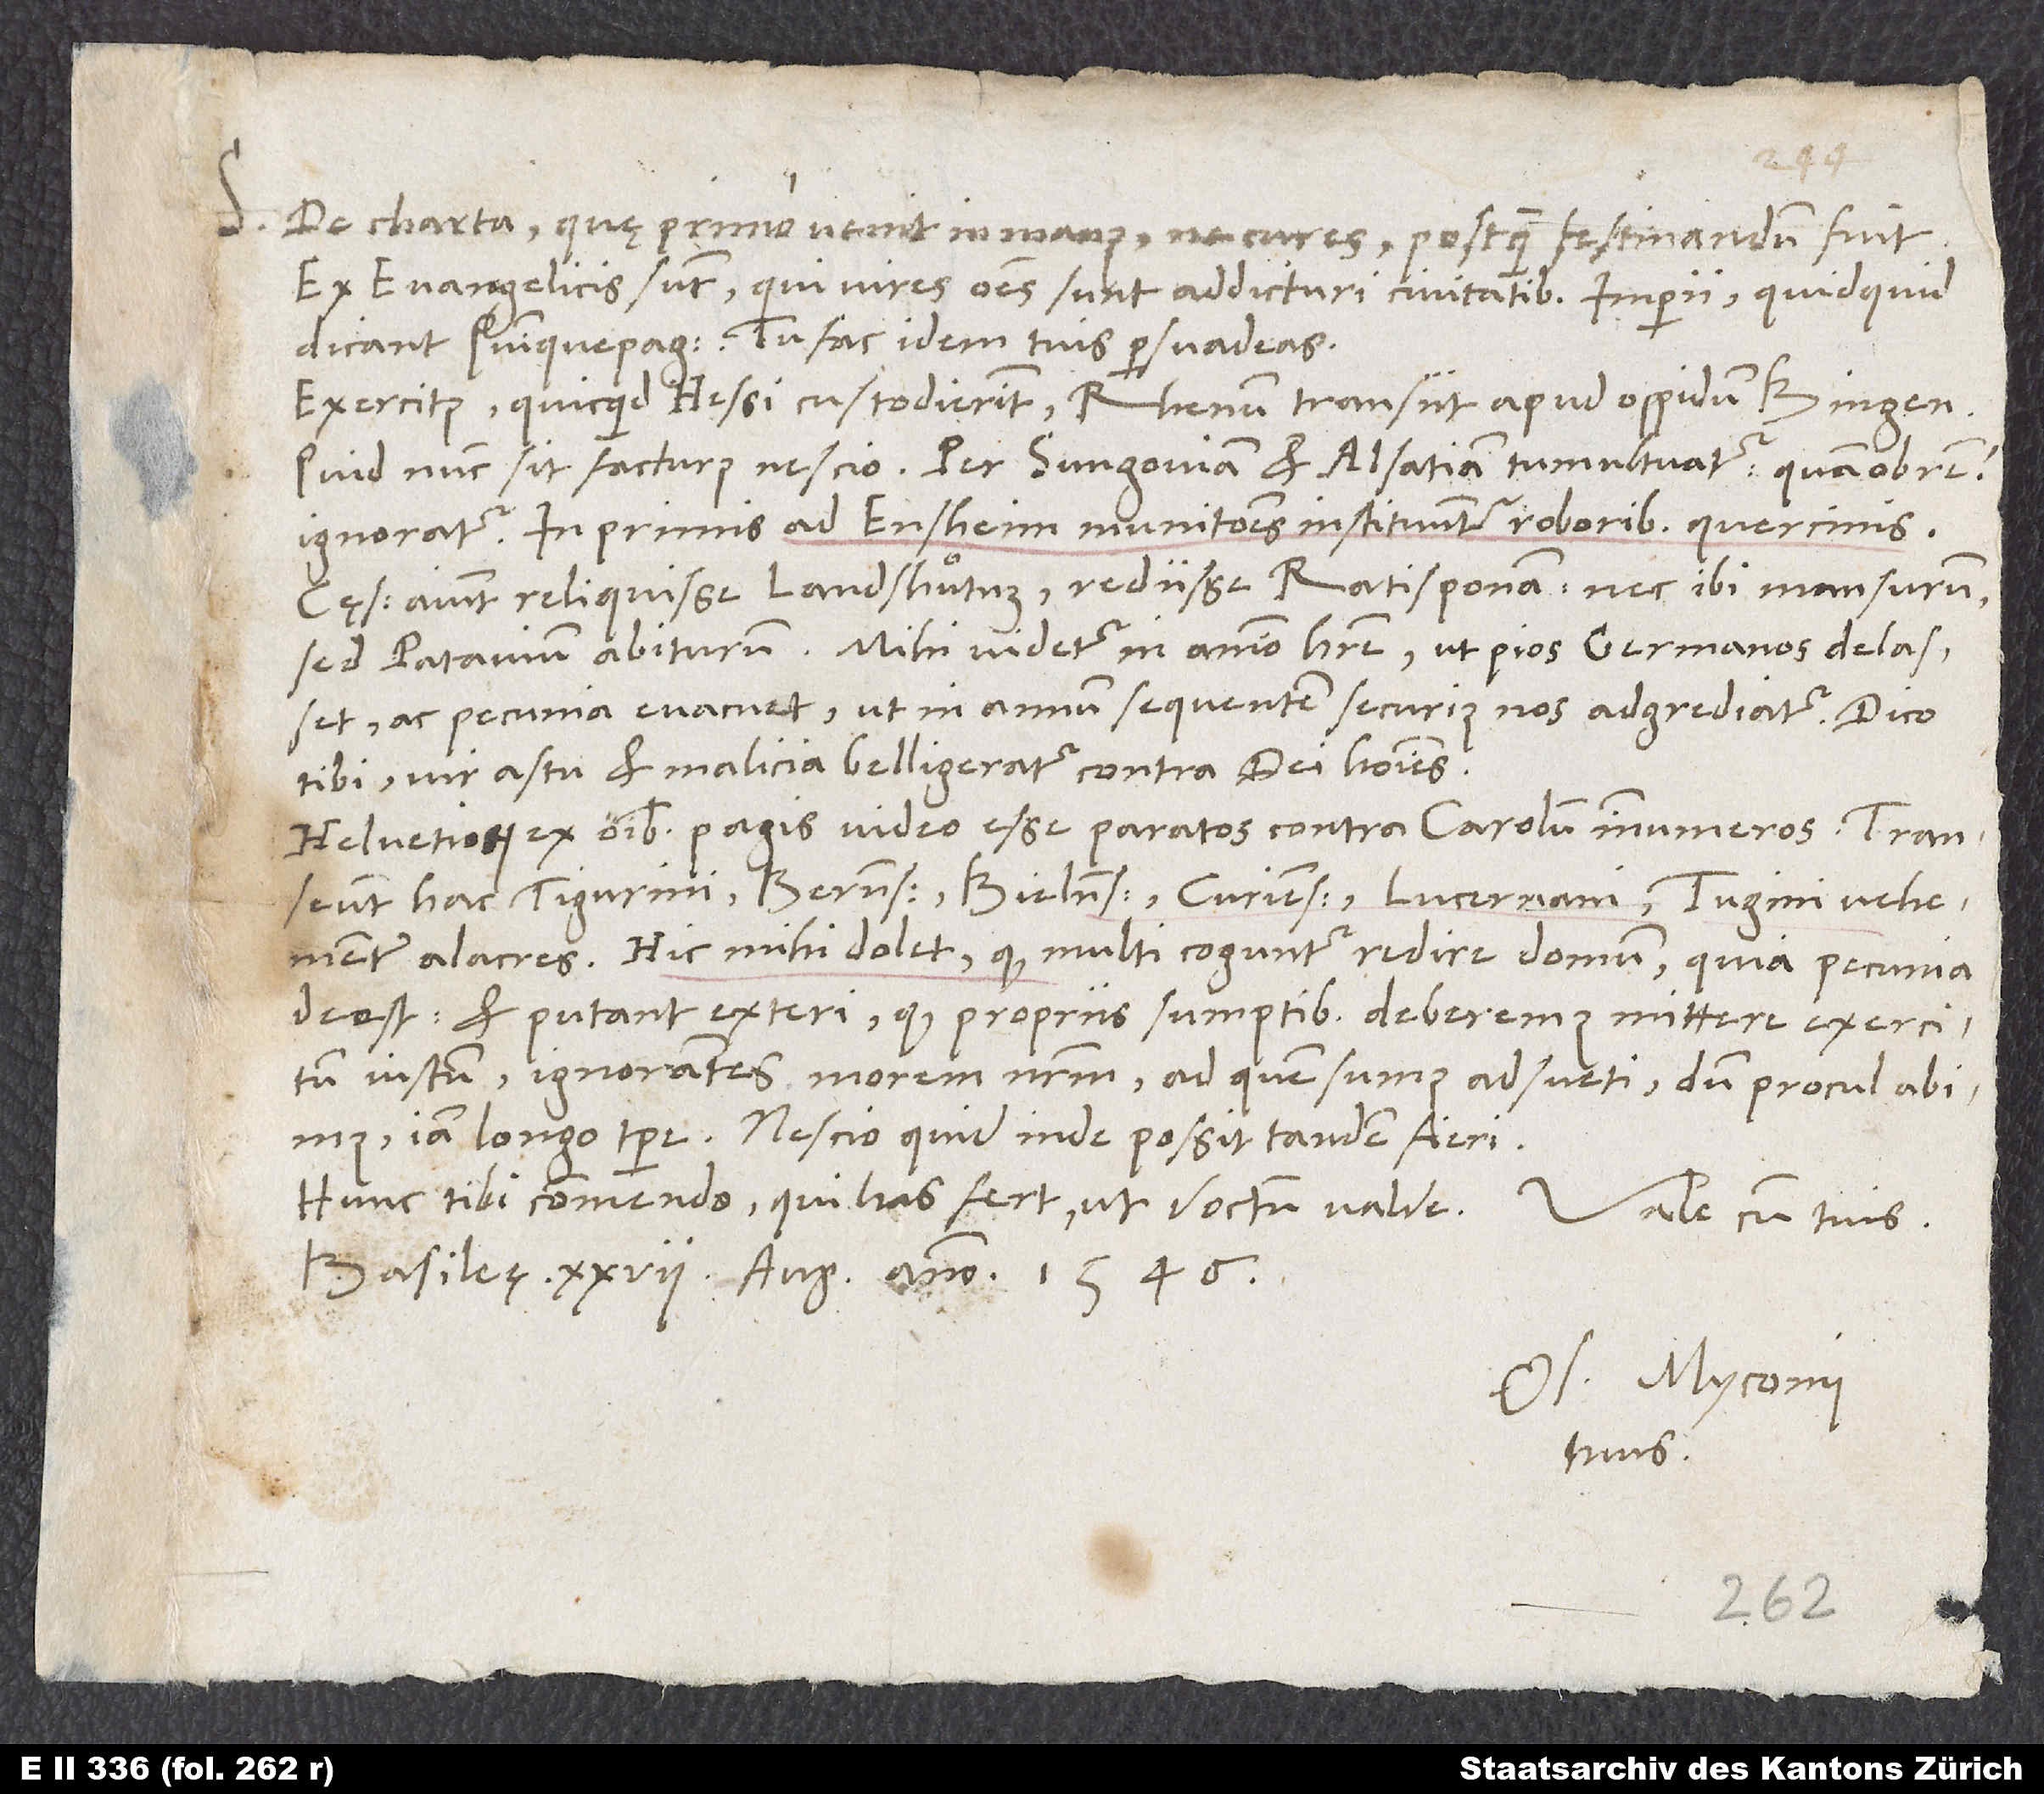
S. De charta, quę primo venit in manus, ne cures, postquam festinandum fuit.
Ex evangelicis sunt, qui vires omnes sunt addicturi civitatibus imperii, quicquid
dicant Quinquepagici. Tu fac idem tuis persuadeas.
Exercitus, quicquid Hessi custodierint, Rhenum transiit apud oppidum Bingen.
ignoratur. In primis ad Ensheim munitiones instituuntur roboribus quercinis.
Cęsarem aiunt reliquisse Landshuͦtum, rediisse Ratisponam, nec ibi mansurum,
sed Patavium abiturum. Mihi videtur in animo habere, ut pios Germanos delasset
ac pecunia evacuet, ut in annum sequentem securius nos adgrediatur. Dico
tibi, vir astu et malicia belligeratur contra dei homines!
Helvetiorum ex omnibus pagis video esse paratos contra Carolum innumeros. Transeunt
hac Tigurini, Bernenses, Bielenses, Curienses, Lucernani, Tugini vehementer
alacres. Hic mihi dolet, quod multi coguntur redire domum, quia pecunia
deest. Et putant exteri, quod propriis sumptibus deberemus mittere exercitum
iustum, ignorantes morem nostrum, ad quem sumus adsueti, dum procul abimus,
iam longo tempore. Nescio, quid inde possit tandem fieri.
Hunc tibi commendo, qui literas fert, ut doctum valde. Vale cum tuis.
Basileę, 27. augusti anno 1546.
Os. Myconius
tuus.